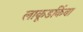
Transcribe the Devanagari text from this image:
लाकूडकिंवा